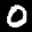
Label: 0